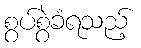
စွပ်စွဲခံရသည့်